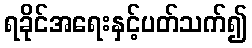
ရခိုင်အရေးနှင့်ပတ်သက်၍